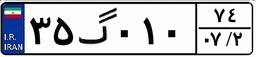
۳۵گ۰۱۰۷۴